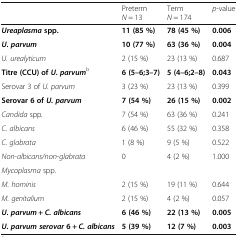
<table><thead><tr><td></td><td><b>Preterm<i>N</i> = 13</b></td><td><b>Term<i>N</i> = 174</b></td><td><b><i>p</i>-value</b></td></tr></thead><tbody><tr><td><b><i>Ureaplasma</i></b><b>spp.</b></td><td><b>11 (85 %)</b></td><td><b>78 (45 %)</b></td><td><b>0.006</b></td></tr><tr><td><b><i>U. parvum</i></b></td><td><b>10 (77 %)</b></td><td><b>63 (36 %)</b></td><td><b>0.004</b></td></tr><tr><td><i>U. urealyticum</i></td><td>2 (15 %)</td><td>23 (13 %)</td><td>0.687</td></tr><tr><td><b>Titre (CCU) of</b><b><i>U</i></b><b>.</b><b><i>parvum</i></b><sup>b</sup></td><td><b>6 (5–6;3–7)</b></td><td><b>5 (4–6;2–8)</b></td><td><b>0.043</b></td></tr><tr><td>Serovar 3 of <i>U. parvum</i></td><td>3 (23 %)</td><td>23 (13 %)</td><td>0.399</td></tr><tr><td><b>Serovar 6 of</b><b><i>U. parvum</i></b></td><td><b>7 (54 %)</b></td><td><b>26 (15 %)</b></td><td><b>0.002</b></td></tr><tr><td><i>Candida</i> spp<i>.</i></td><td>7 (54 %)</td><td>63 (36 %)</td><td>0.241</td></tr><tr><td><i>C. albicans</i></td><td>6 (46 %)</td><td>55 (32 %)</td><td>0.358</td></tr><tr><td><i>C. glabrata</i></td><td>1 (8 %)</td><td>9 (5 %)</td><td>0.522</td></tr><tr><td><i>Non-albicans/non-glabrata</i></td><td>0</td><td>4 (2 %)</td><td>1.000</td></tr><tr><td><i>Mycoplasma</i> spp.</td><td></td><td></td><td></td></tr><tr><td><i>M. hominis</i></td><td>2 (15 %)</td><td>19 (11 %)</td><td>0.644</td></tr><tr><td><i>M. genitalium</i></td><td>2 (15 %)</td><td>4 (2 %)</td><td>0.057</td></tr><tr><td><b><i>U. parvum</i></b> <b>+</b> <b><i>C. albicans</i></b></td><td><b>6 (46 %)</b></td><td><b>22 (13 %)</b></td><td><b>0.005</b></td></tr><tr><td><b><i>U. parvum serovar</i></b><b>6 +</b> <b><i>C. albicans</i></b></td><td><b>5 (39 %)</b></td><td><b>12 (7 %)</b></td><td><b>0.003</b></td></tr></tbody></table>